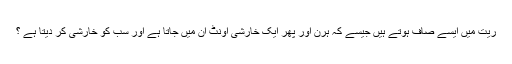
ریت میں ایسے صاف ہوتے ہیں جیسے کہ ہرن اور پھر ایک خارشی اونٹ ان میں جاتا ہے اور سب کو خارشی کر دیتا ہے ؟